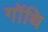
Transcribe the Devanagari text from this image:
गॉथि